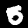
Digit: 5